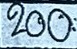
200